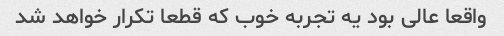
واقعا عالی بود یه تجربه خوب که قطعا تکرار خواهد شد